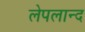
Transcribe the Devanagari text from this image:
लेपलान्द